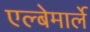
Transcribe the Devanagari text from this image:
एल्बेमार्ले